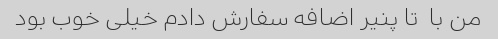
من با  تا پنیر اضافه سفارش دادم خیلی خوب بود